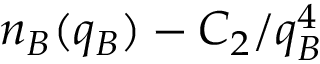
n _ { B } ( q _ { B } ) - C _ { 2 } / q _ { B } ^ { 4 }